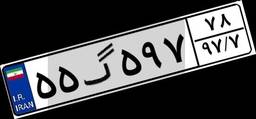
۵۵گ۵۹۷۷۸